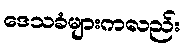
ဒေသခံများကလည်း